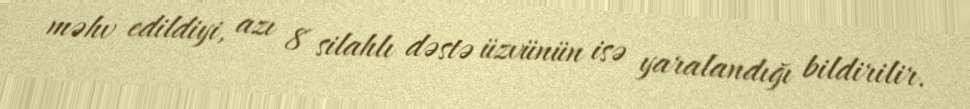
məhv edildiyi, azı 8 silahlı dəstə üzvünün isə yaralandığı bildirilir.